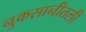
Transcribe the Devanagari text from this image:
नुकसानीतली